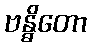
ဗန္ဓိတော